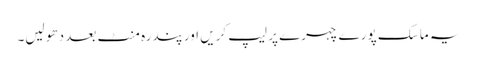
یہ ماسک پورے چہرے پر لیپ کریں اور پندرہ منٹ بعد دھو لیں۔